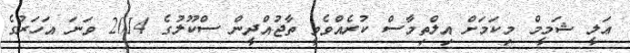
ޢަލީ ޝަމީމް މިކަމަށް އިލްތިމާސް ކުރެއްވެވީ ތާޖުއްދީން ސްކޫލުގެ 2014 ވަނަ އަހަރުގެ